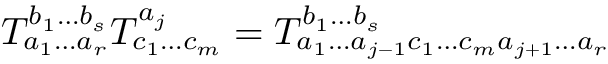
T _ { a _ { 1 } \ldots a _ { r } } ^ { b _ { 1 } \ldots b _ { s } } T _ { c _ { 1 } \ldots c _ { m } } ^ { a _ { j } } = T _ { a _ { 1 } \ldots a _ { j - 1 } c _ { 1 } \ldots c _ { m } a _ { j + 1 } \ldots a _ { r } } ^ { b _ { 1 } \ldots b _ { s } }